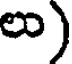
లు)